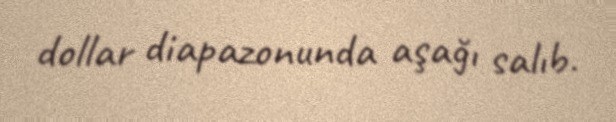
dollar diapazonunda aşağı salıb.